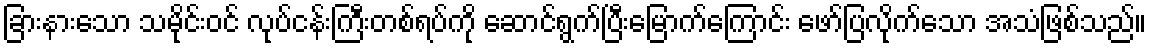
ခြားနားသော သမိုင်းဝင် လုပ်ငန်းကြီးတစ်ရပ်ကို ဆောင်ရွက်ပြီးမြောက်ကြောင်း ဖော်ပြလိုက်သော အသံဖြစ်သည်။